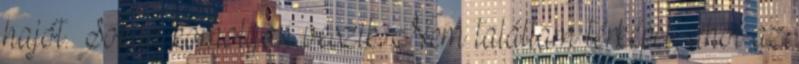
hajót. Sokan komolyan veszik. Nem találtam térképet, ahol az